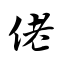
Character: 佬